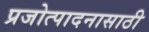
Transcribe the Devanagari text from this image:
प्रजोत्पादनासाठी